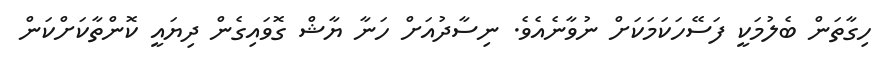
ހިގާތަން ބެލުމަކީ ފަސޭހަކަމަކަށް ނުވާނެއެވެ. ނިސާދުއަށް ހަނާ ޔާޝް ގޮވައިގެން ދިޔައީ ކޮންތާކަށްކަން